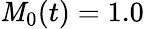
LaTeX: \mathit{M}_{0}(t)=1.0